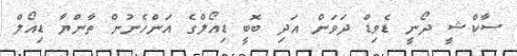
ސާކްޝީ ދޯނީ ޑެވިޑް ދަވަން އަދި ބޮބީ ޑިއޯލްގެ އަންހެނުން ތާންޔާ ޑިއޯލް